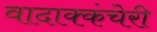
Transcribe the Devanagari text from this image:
वादाक्कंचेरी